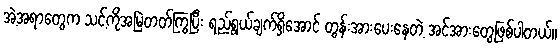
အဲ့အရာတွေက သင့်ကိုအမြဲတတ်ကြွပြီး ရည်ရွယ်ချက်ရှိအောင် တွန်းအားပေးနေတဲ့ အင်အားတွေဖြစ်ပါတယ်။